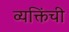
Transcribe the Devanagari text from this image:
व्यक्तिंची